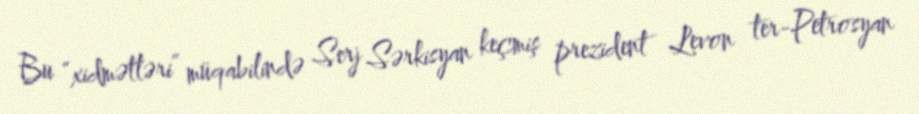
Bu “xidmətləri” müqabilində Serj Sərkisyan keçmiş prezident Levon ter-Petrosyan